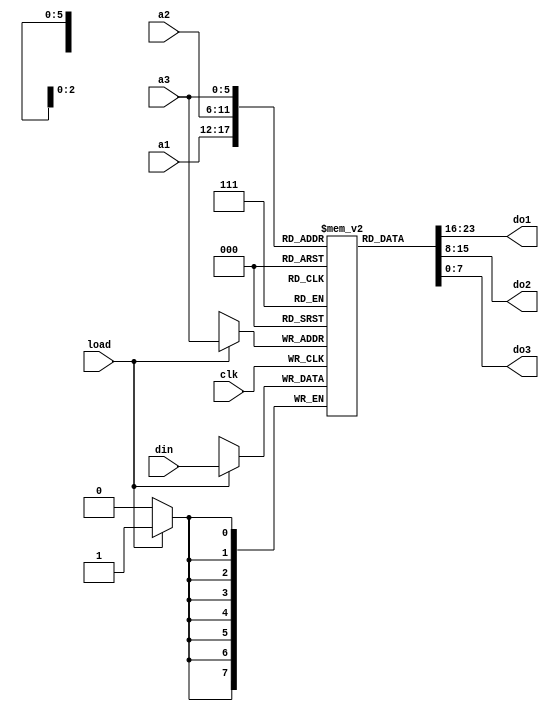
`timescale 1ns / 1ps
`default_nettype none

//    This file is part of the ZXUNO Spectrum core. 
//    Creation date is 03:40:28 2014-02-17 by Miguel Angel Rodriguez Jodar
//    (c)2014-2020 ZXUNO association.
//    ZXUNO official repository: http://svn.zxuno.com/svn/zxuno
//    Username: guest   Password: zxuno
//    Github repository for this core: https://github.com/mcleod-ideafix/zxuno_spectrum_core
//
//    ZXUNO Spectrum core is free software: you can redistribute it and/or modify
//    it under the terms of the GNU General Public License as published by
//    the Free Software Foundation, either version 3 of the License, or
//    (at your option) any later version.
//
//    ZXUNO Spectrum core is distributed in the hope that it will be useful,
//    but WITHOUT ANY WARRANTY; without even the implied warranty of
//    MERCHANTABILITY or FITNESS FOR A PARTICULAR PURPOSE.  See the
//    GNU General Public License for more details.
//
//    You should have received a copy of the GNU General Public License
//    along with the ZXUNO Spectrum core.  If not, see <https://www.gnu.org/licenses/>.
//
//    Any distributed copy of this file must keep this notice intact.

module lut (
    input wire clk,
    input wire load,
    input wire [7:0] din,
    input wire [5:0] a1,
    input wire [5:0] a2,
    input wire [5:0] a3,
    output wire [7:0] do1,
    output wire [7:0] do2,
    output wire [7:0] do3
    );

    reg [7:0] lut[0:63];
    assign do1 = lut[a1];
    assign do2 = lut[a2];
    assign do3 = lut[a3];
   
    always @(posedge clk) begin
      if (load == 1'b1)
        lut[a3] <= din;
    end
endmodule